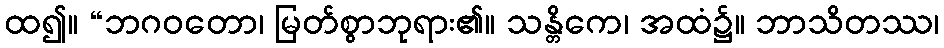
ထ၍။ “ဘဂဝတော၊ မြတ်စွာဘုရား၏။ သန္တိကေ၊ အထံ၌။ ဘာသိတဿ၊